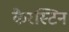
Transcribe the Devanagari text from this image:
कैरस्टिन